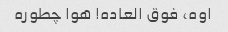
اوه، فوق العاده! هوا چطوره